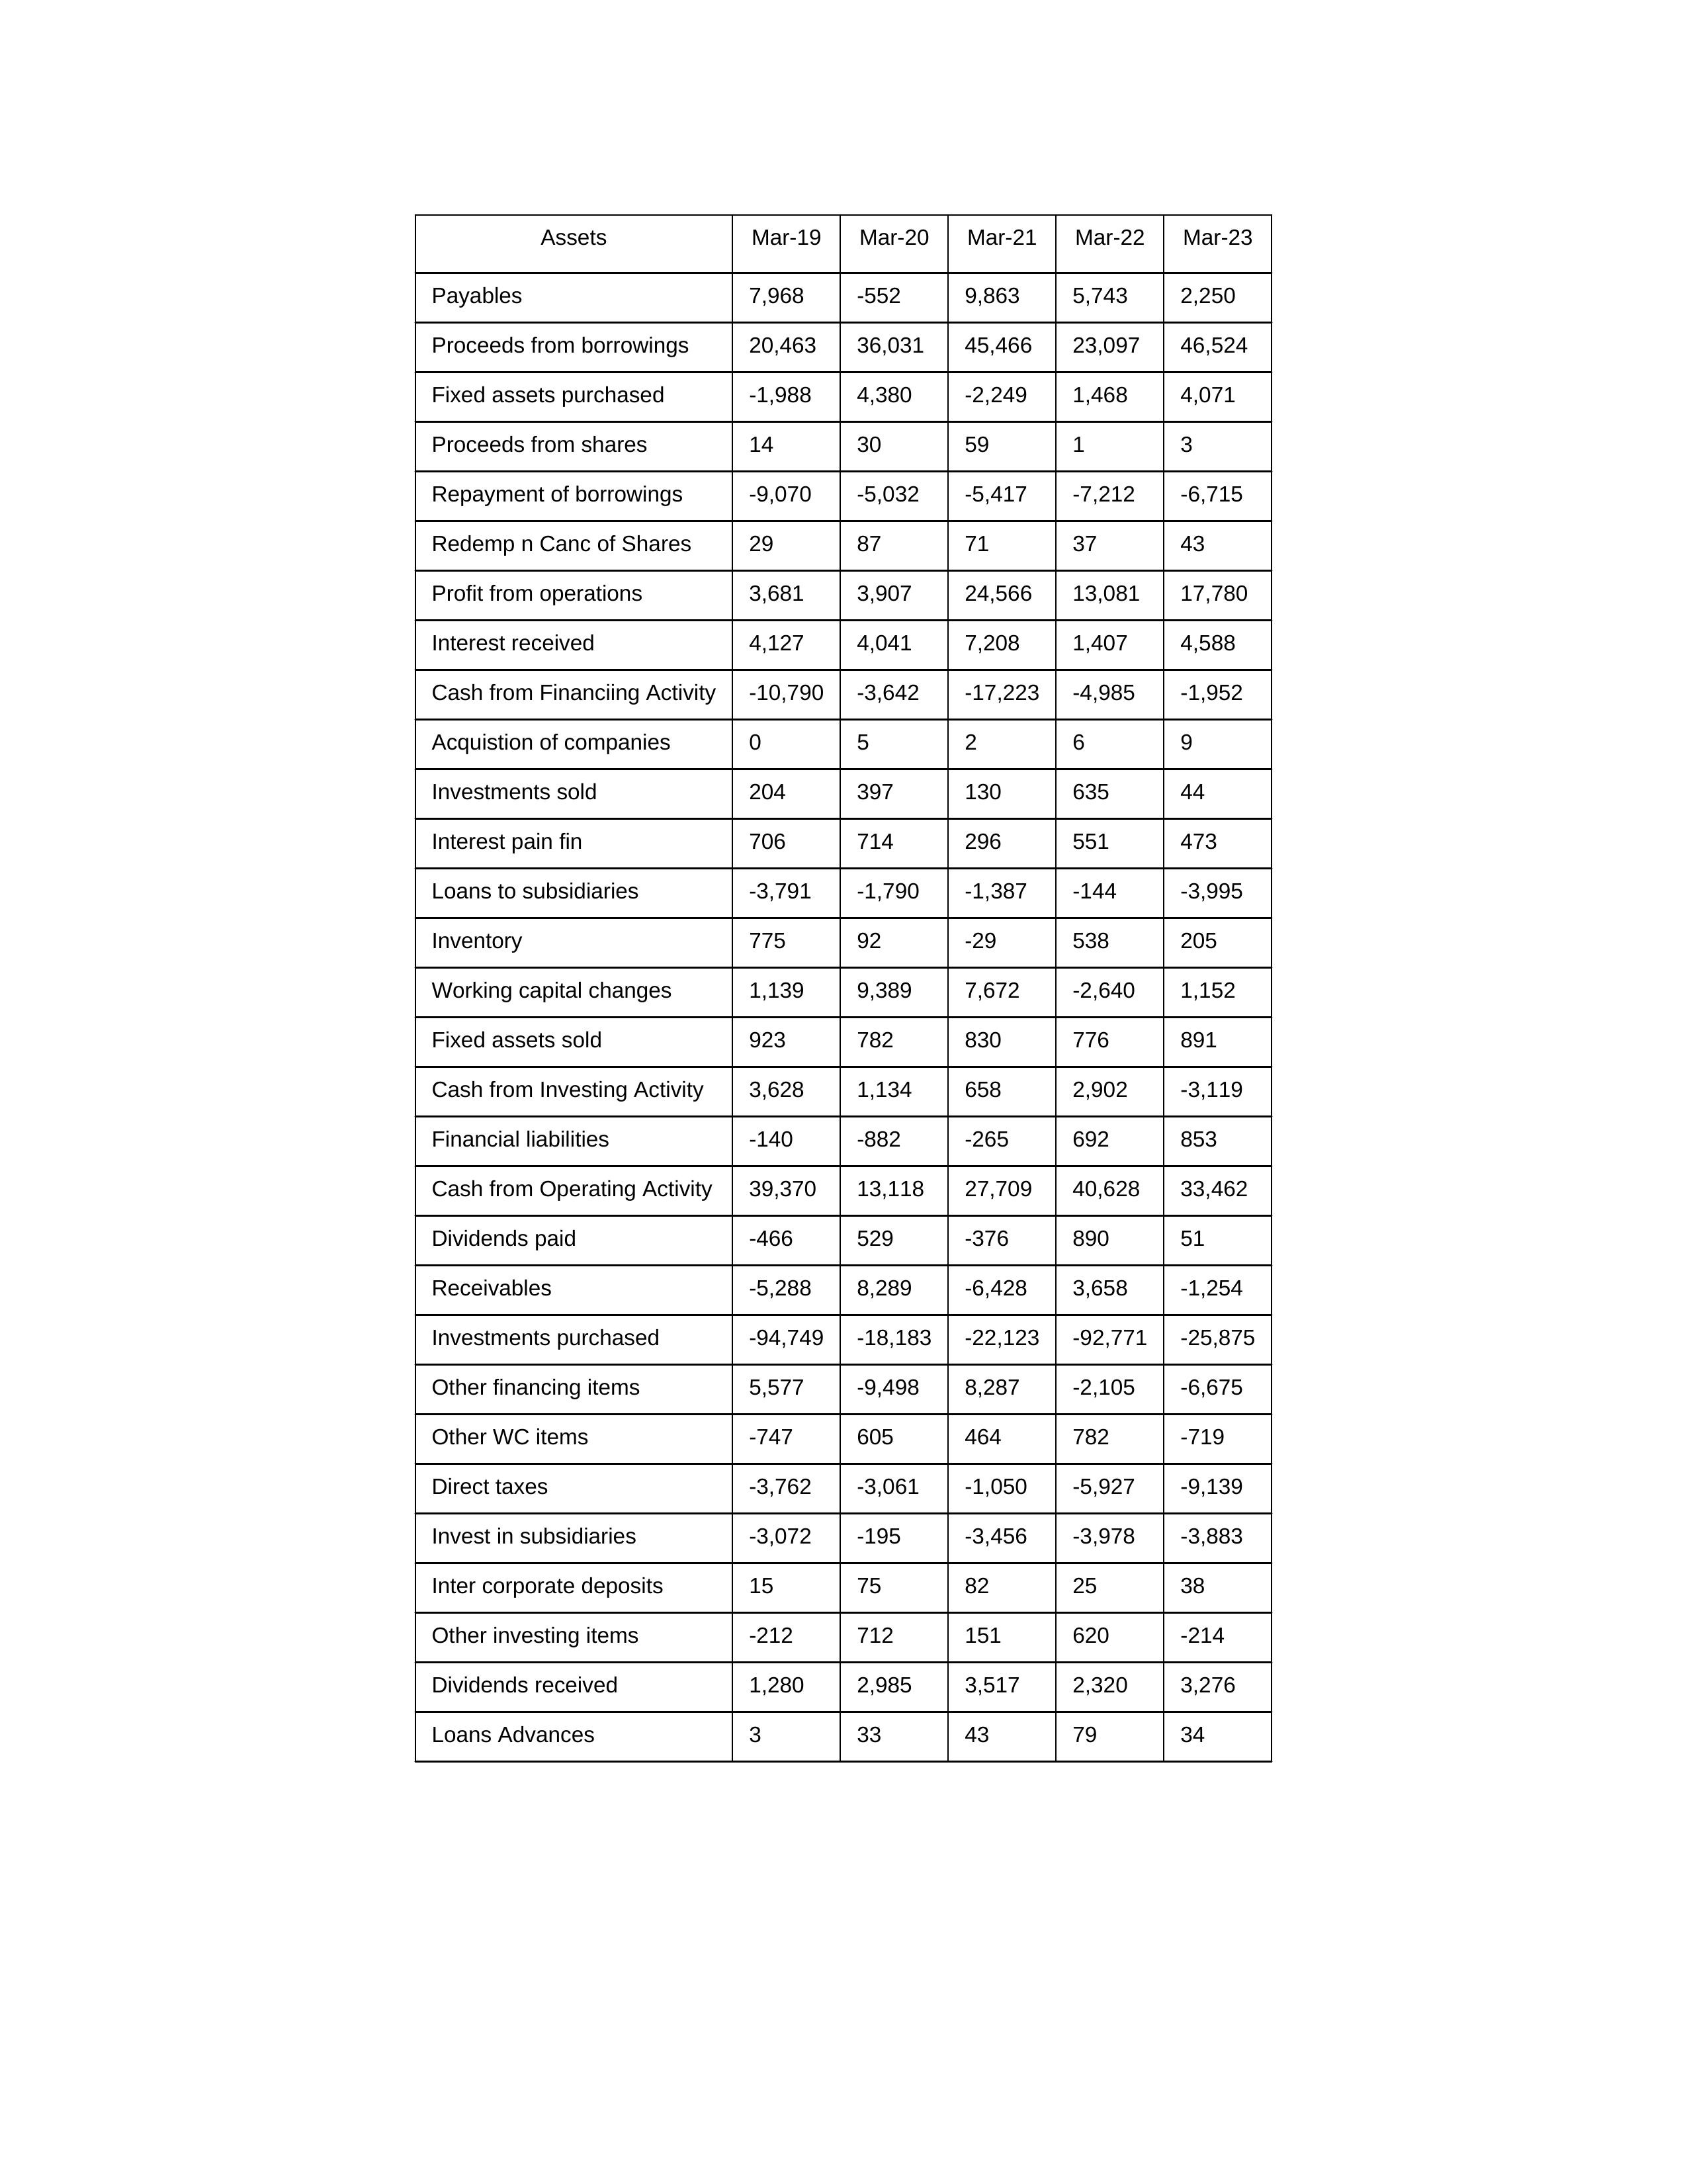
gt_parse: Mar-19: Cash from Operating Activity: 39,370
Profit from operations: 3,681
Receivables: -5,288
Inventory: 775
Payables: 7,968
Loans Advances: 3
Other WC items: -747
Working capital changes: 1,139
Direct taxes: -3,762
Cash from Investing Activity: 3,628
Fixed assets purchased: -1,988
Fixed assets sold: 923
Investments purchased: -94,749
Investments sold: 204
Interest received: 4,127
Dividends received: 1,280
Invest in subsidiaries: -3,072
Loans to subsidiaries: -3,791
Redemp n Canc of Shares: 29
Acquistion of companies: 0
Inter corporate deposits: 15
Other investing items: -212
Cash from Financiing Activity: -10,790
Proceeds from shares: 14
Proceeds from borrowings: 20,463
Repayment of borrowings: -9,070
Interest pain fin: 706
Dividends paid: -466
Financial liabilities: -140
Other financing items: 5,577
Mar-20: Cash from Operating Activity: 13,118
Profit from operations: 3,907
Receivables: 8,289
Inventory: 92
Payables: -552
Loans Advances: 33
Other WC items: 605
Working capital changes: 9,389
Direct taxes: -3,061
Cash from Investing Activity: 1,134
Fixed assets purchased: 4,380
Fixed assets sold: 782
Investments purchased: -18,183
Investments sold: 397
Interest received: 4,041
Dividends received: 2,985
Invest in subsidiaries: -195
Loans to subsidiaries: -1,790
Redemp n Canc of Shares: 87
Acquistion of companies: 5
Inter corporate deposits: 75
Other investing items: 712
Cash from Financiing Activity: -3,642
Proceeds from shares: 30
Proceeds from borrowings: 36,031
Repayment of borrowings: -5,032
Interest pain fin: 714
Dividends paid: 529
Financial liabilities: -882
Other financing items: -9,498
Mar-21: Cash from Operating Activity: 27,709
Profit from operations: 24,566
Receivables: -6,428
Inventory: -29
Payables: 9,863
Loans Advances: 43
Other WC items: 464
Working capital changes: 7,672
Direct taxes: -1,050
Cash from Investing Activity: 658
Fixed assets purchased: -2,249
Fixed assets sold: 830
Investments purchased: -22,123
Investments sold: 130
Interest received: 7,208
Dividends received: 3,517
Invest in subsidiaries: -3,456
Loans to subsidiaries: -1,387
Redemp n Canc of Shares: 71
Acquistion of companies: 2
Inter corporate deposits: 82
Other investing items: 151
Cash from Financiing Activity: -17,223
Proceeds from shares: 59
Proceeds from borrowings: 45,466
Repayment of borrowings: -5,417
Interest pain fin: 296
Dividends paid: -376
Financial liabilities: -265
Other financing items: 8,287
Mar-22: Cash from Operating Activity: 40,628
Profit from operations: 13,081
Receivables: 3,658
Inventory: 538
Payables: 5,743
Loans Advances: 79
Other WC items: 782
Working capital changes: -2,640
Direct taxes: -5,927
Cash from Investing Activity: 2,902
Fixed assets purchased: 1,468
Fixed assets sold: 776
Investments purchased: -92,771
Investments sold: 635
Interest received: 1,407
Dividends received: 2,320
Invest in subsidiaries: -3,978
Loans to subsidiaries: -144
Redemp n Canc of Shares: 37
Acquistion of companies: 6
Inter corporate deposits: 25
Other investing items: 620
Cash from Financiing Activity: -4,985
Proceeds from shares: 1
Proceeds from borrowings: 23,097
Repayment of borrowings: -7,212
Interest pain fin: 551
Dividends paid: 890
Financial liabilities: 692
Other financing items: -2,105
Mar-23: Cash from Operating Activity: 33,462
Profit from operations: 17,780
Receivables: -1,254
Inventory: 205
Payables: 2,250
Loans Advances: 34
Other WC items: -719
Working capital changes: 1,152
Direct taxes: -9,139
Cash from Investing Activity: -3,119
Fixed assets purchased: 4,071
Fixed assets sold: 891
Investments purchased: -25,875
Investments sold: 44
Interest received: 4,588
Dividends received: 3,276
Invest in subsidiaries: -3,883
Loans to subsidiaries: -3,995
Redemp n Canc of Shares: 43
Acquistion of companies: 9
Inter corporate deposits: 38
Other investing items: -214
Cash from Financiing Activity: -1,952
Proceeds from shares: 3
Proceeds from borrowings: 46,524
Repayment of borrowings: -6,715
Interest pain fin: 473
Dividends paid: 51
Financial liabilities: 853
Other financing items: -6,675